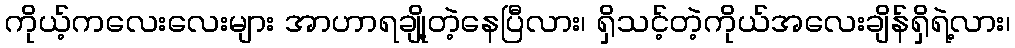
ကိုယ့်ကလေးလေးများ အာဟာရချို့တဲ့နေပြီလား၊ ရှိသင့်တဲ့ကိုယ်အလေးချိန်ရှိရဲ့လား၊